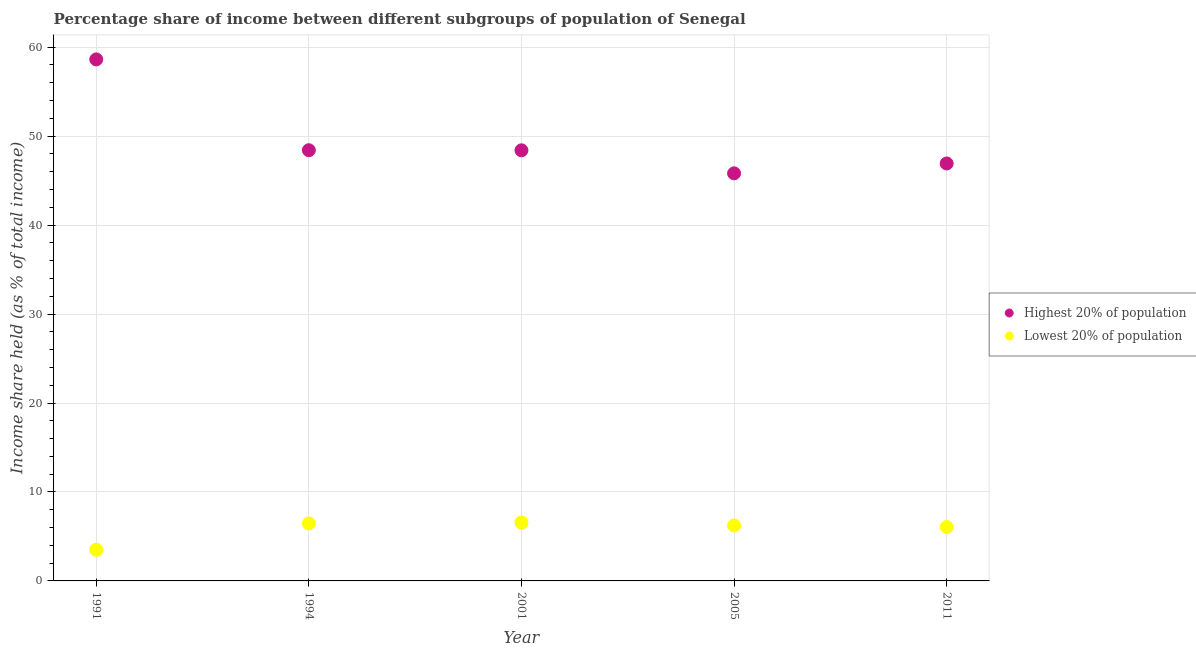
| Year | Highest 20% of population | Lowest 20% of population |
 | --- | --- | --- |
 | 1991 | 58.6 | 3.5 |
 | 1994 | 48.4 | 6.46 |
 | 2001 | 48.4 | 6.56 |
 | 2005 | 45.8 | 6.23 |
 | 2011 | 46.9 | 6.06 |